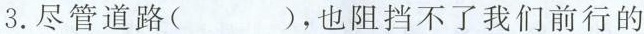
3.尽管道路( )，也阻挡不了我们前行的